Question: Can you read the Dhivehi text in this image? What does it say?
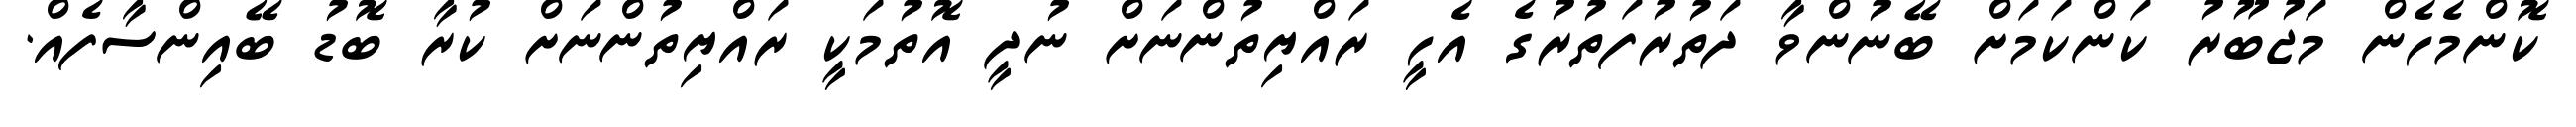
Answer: ކޮންމެހެން މަޖުބޫރު ކަންކަމަށް ބޭނުންވާ ދަތުރުފަތުރުގެ އެހީ ރައްޔިތުންނަށް ނުދީ އޮތުމަކީ ރައްޔިތުންނަށް ކުރާ ބޮޑު ބޭއިންސާފެއް.